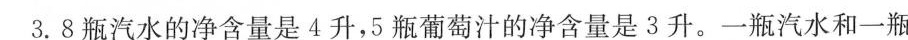
3.8瓶汽水的净含量是4升，5瓶葡萄汁的净含量是3升。一瓶汽水和一瓶